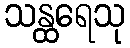
သန္ထရေသု